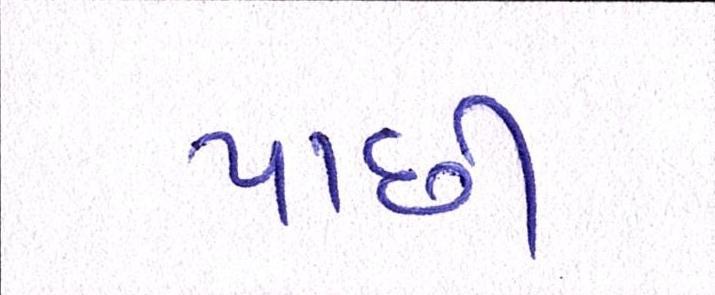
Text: પાછી